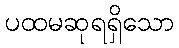
ပထမဆုရရှိသော